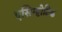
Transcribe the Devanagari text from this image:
एसिम्प्टोटिक